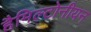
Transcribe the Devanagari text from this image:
हैमिल्टोनीयन